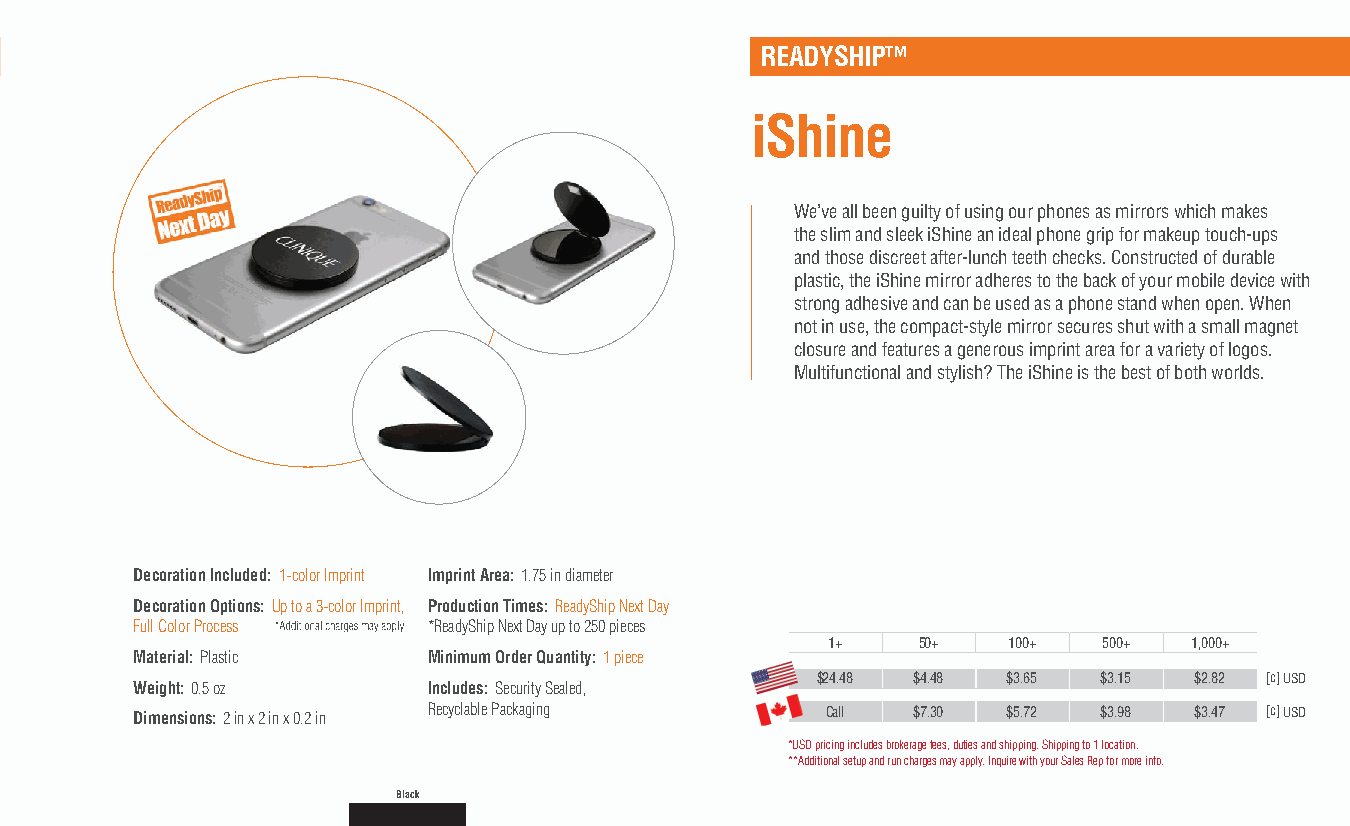
READYSHIP™
 iShine
 We’ve all been guilty of using our phones as mirrors which makes
 the slim and sleek iShine an ideal phone grip for makeup touch-ups
 and those discreet after-lunch teeth checks. Constructed of durable
 plastic, the iShine mirror adheres to the back of your mobile device with
 strong adhesive and can be used as a phone stand when open. When
 not in use, the compact-style mirror secures shut with a small magnet
 closure and features a generous imprint area for a variety of logos.
 Multifunctional and stylish? The iShine is the best of both worlds.
 Decoration Included: 1-color Imprint Imprint Area: 1.75 in diameter
 Decoration Options: Up to a 3-color Imprint, Production Times: ReadyShip Next Day
 Full Color Process *ReadyShip Next Day up to 250 pieces
 1+    50+   100+  500+  1,000+
 Material: Plastic  Minimum Order Quantity: 1 piece
 $24.48 $4.48 $3.65 $3.15 $2.82 [c] USD
 Weight: 0.5 oz     Includes: Security Sealed,
 Dimensions: 2 in x 2 in x 0.2 in Recyclable Packaging Call $7.30 $5.72 $3.98 $3.47 [c] USD
 *USD pricing includes brokerage fees, duties and shipping. Shipping to 1 location.
 **Additional setup and run charges may apply. Inquire with your Sales Rep for more info.
 Black